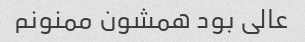
عالی بود همشون ممنونم